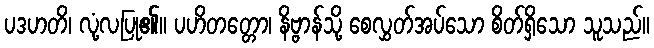
ပဒဟတိ၊ လုံ့လပြု၏။ ပဟိတတ္တော၊ နိဗ္ဗာန်သို့ စေလွှတ်အပ်သော စိတ်ရှိသော သူသည်။